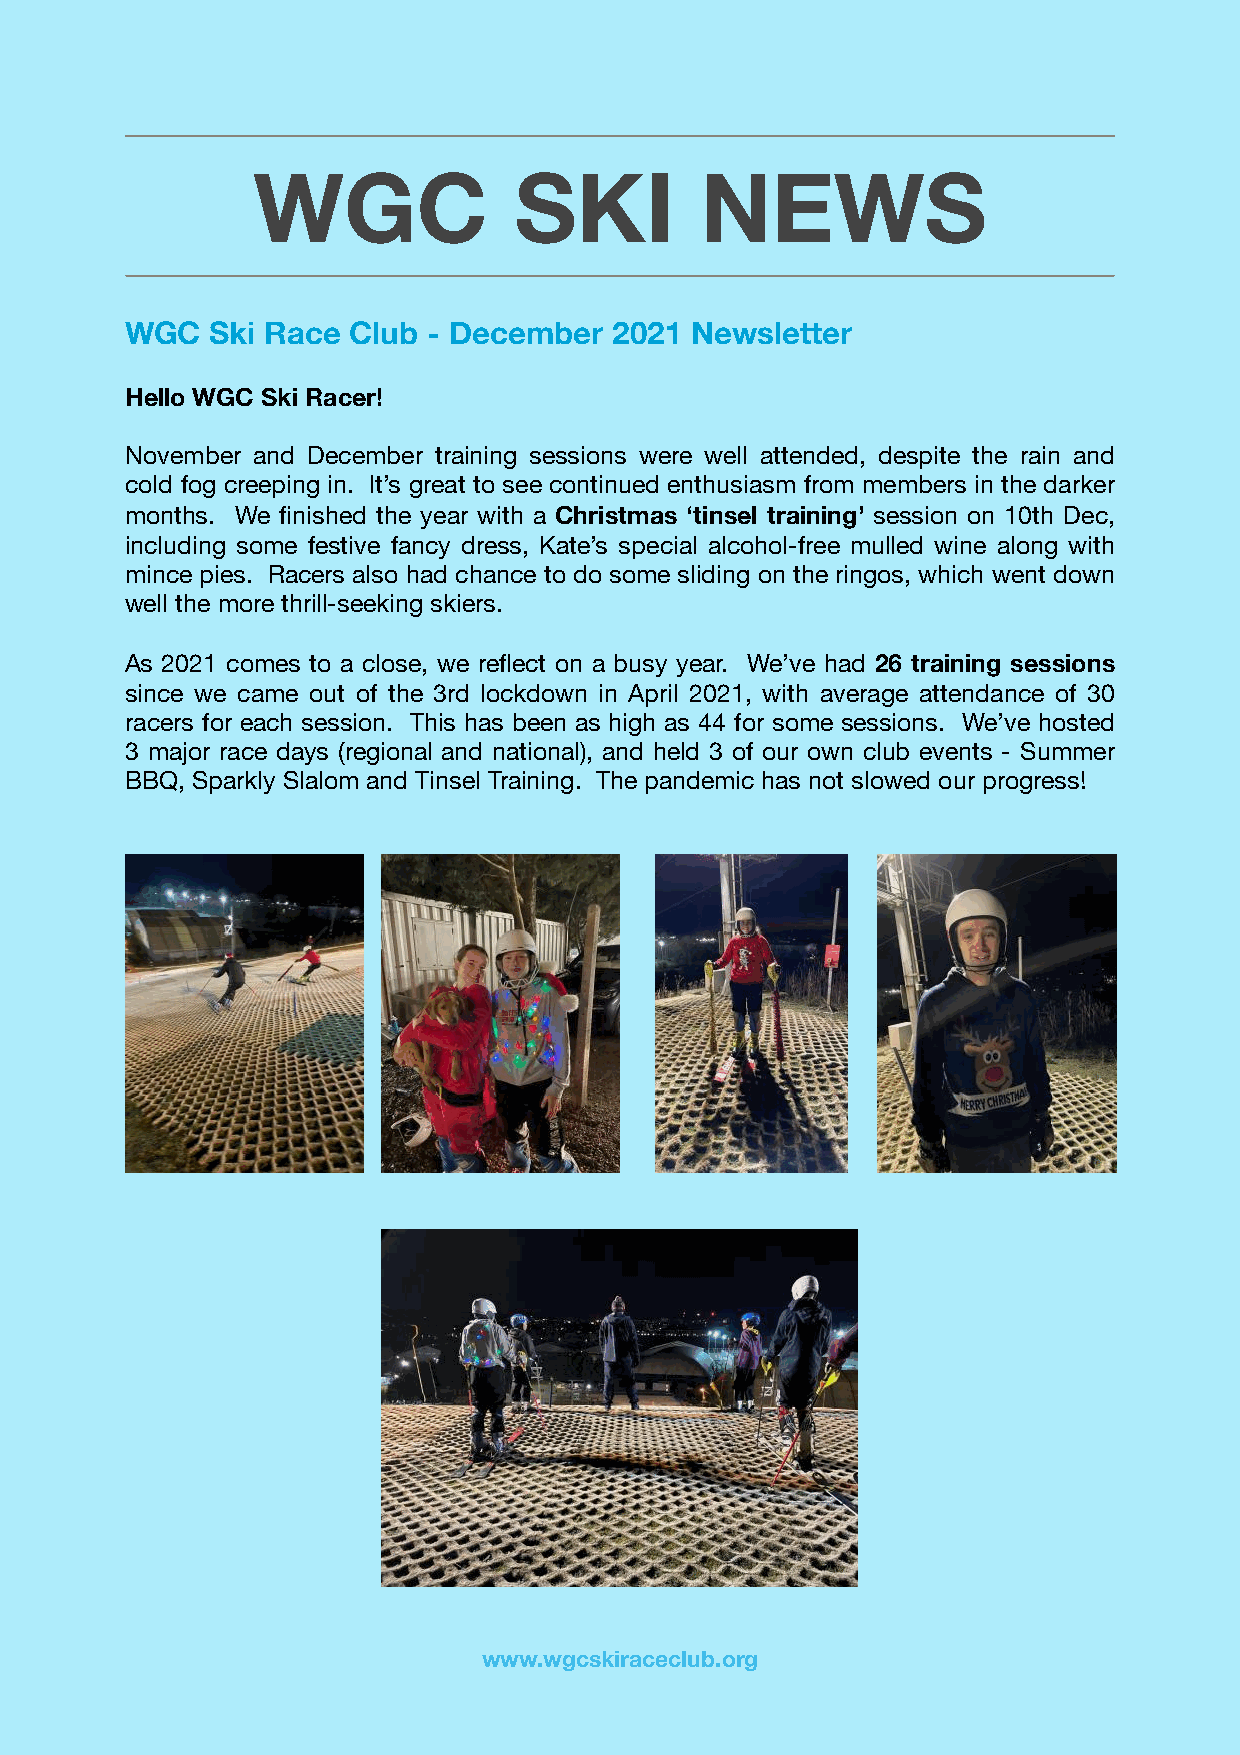
WGC              SKI         NEWS
 WGC   Ski Race Club - December   2021 Newsletter
 Hello WGC Ski Racer!
 November and December training sessions were well attended, despite the rain and
 cold fog creeping in. It’s great to see continued enthusiasm from members in the darker
 months. We finished the year with a Christmas ‘tinsel training’ session on 10th Dec,
 including some festive fancy dress, Kate’s special alcohol-free mulled wine along with
 mince pies. Racers also had chance to do some sliding on the ringos, which went down
 well the more thrill-seeking skiers.
 As 2021 comes to a close, we reflect on a busy year. We’ve had 26 training sessions
 since we came out of the 3rd lockdown in April 2021, with average attendance of 30
 racers for each session. This has been as high as 44 for some sessions. We’ve hosted
 3 major race days (regional and national), and held 3 of our own club events - Summer
 BBQ, Sparkly Slalom and Tinsel Training. The pandemic has not slowed our progress!
 www.wgcskiraceclub.org